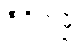
ဇီဝိတမ္ပိ